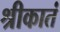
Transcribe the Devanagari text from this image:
श्रीकातं